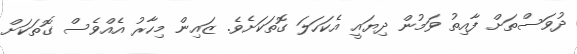
ދުވަސްތަށް ފާއިތު ވަމުން ދިޔައީ އެކަހަަލަ ގޮތަކަށެވެ. ޒައިން މިހާރު އެއްވެސް ގޮތަކަށް